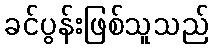
ခင်ပွန်းဖြစ်သူသည်